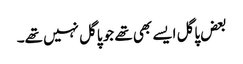
بعض پاگل ایسے بھی تھے جو پاگل نہیں تھے۔